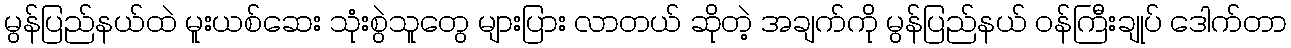
မွန်ပြည်နယ်ထဲ မူးယစ်ဆေး သုံးစွဲသူတွေ များပြား လာတယ် ဆိုတဲ့ အချက်ကို မွန်ပြည်နယ် ဝန်ကြီးချုပ် ဒေါက်တာ